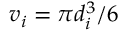
v _ { i } = \pi d _ { i } ^ { 3 } / 6